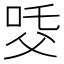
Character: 𤕔